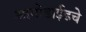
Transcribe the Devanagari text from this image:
आयोडाईडचे